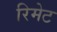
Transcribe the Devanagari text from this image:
रिमेट